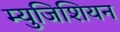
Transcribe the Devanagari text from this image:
म्युजिशियन